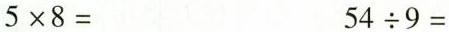
$$5\times8=$$ $$54\div9=$$